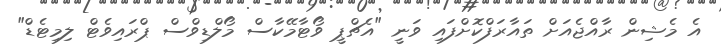
އެ މެޝިން ރާއްޖެއަށް ތައާރަފްކޮށްފައި ވަނީ "އެޗްޕީ ވޯޓާމޭކާސް މޯލްޑިވްސް ޕްރައިވެޓް ލިމިޓެޑް"